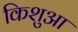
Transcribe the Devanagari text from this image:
किशुआ